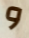
و